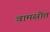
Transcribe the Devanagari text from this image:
वामस्रोत